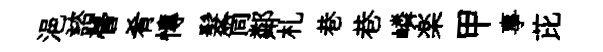
浥諮瞢肴慱髮筒鄰札巷巷嶙楽甲事芘